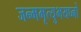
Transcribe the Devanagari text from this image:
जन्ममृत्युभयघ्नो